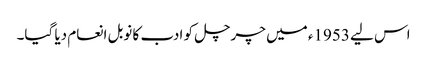
اس لیے 1953ء میں چرچل کو ادب کا نوبل انعام دیا گیا۔